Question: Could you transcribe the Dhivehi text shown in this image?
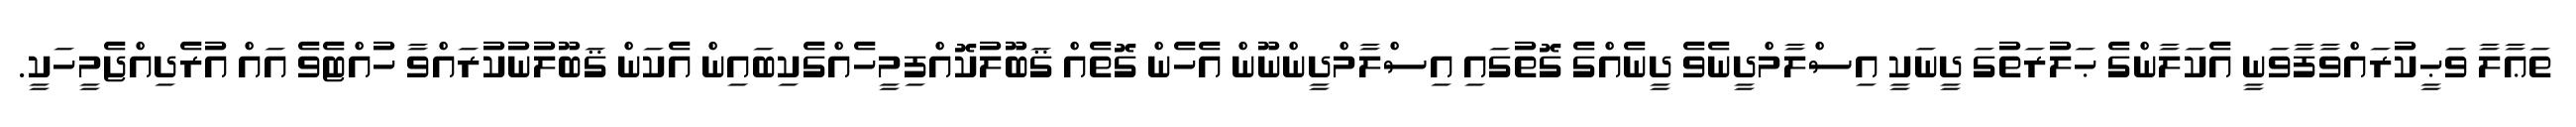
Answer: ތަޢާލާ ވަޙީކުރައްވާފާވަނީ އެކަލާންގެ ޙަލުރަތުގަ ދީނަކީ އިސްލާމްދީނެވެ ދީނެއްގެ ގޮތުގައި އިސްލާމްދީންނޫން އެހެން ގޮތެއް ޤަބޫލުކޮއްފިމީހެއްގެކިބައިން އެކަން ޤަބޫލުނުކުރައްވާ ހުއްޓެވެ އައް އުރެދިއްޖެމީހަކީ.